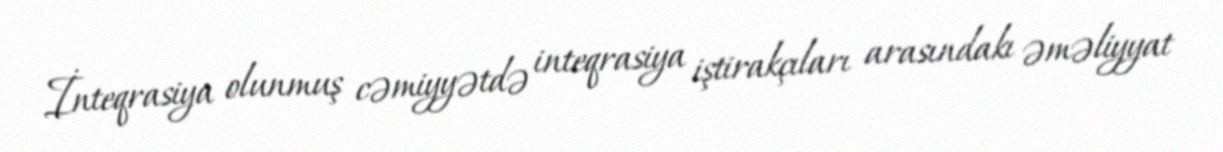
İnteqrasiya olunmuş cəmiyyətdə inteqrasiya iştirakçıları arasındakı əməliyyat